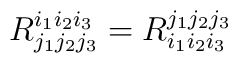
R^{i_1 i_2 i_3}_{j_1 j_2 j_3} =  R^{j_1 j_2 j_3}_{i_1 i_2 i_3}